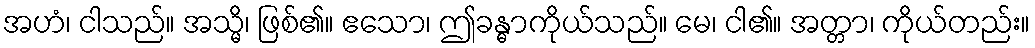
အဟံ၊ ငါသည်။ အသ္မိ၊ ဖြစ်၏။ ဧသော၊ ဤခန္ဓာကိုယ်သည်။ မေ၊ ငါ၏။ အတ္တာ၊ ကိုယ်တည်း။